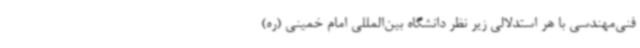
فنی‌مهندسی با هر استدلالی زیر نظر دانشگاه بین‌المللی امام خمینی (ره)